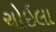
ચોઇલા